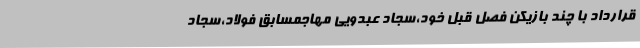
قرارداد با چند بازیکن فصل قبل خود،سجاد عبدویی مهاجمسابق فولاد،سجاد